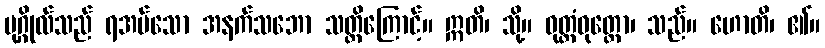
ပုဂ္ဂိုလ်သည် ရအပ်သော အနက်သဘော သတ္တိကြောင့်။ ဣတိ၊ သို့။ ဝုတ္တံဝုတ္တော၊ သည်။ ဟောတိ၊ ၏။